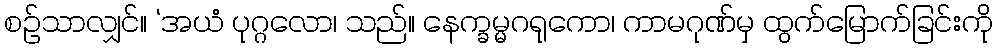
စဉ်သာလျှင်။ ‘အယံ ပုဂ္ဂလော၊ သည်။ နေက္ခမ္မဂရုကော၊ ကာမဂုဏ်မှ ထွက်မြောက်ခြင်းကို